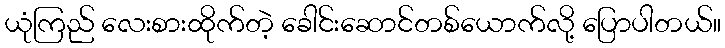
ယုံကြည် လေးစားထိုက်တဲ့ ခေါင်းဆောင်တစ်ယောက်လို့ ပြောပါတယ်။